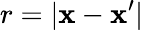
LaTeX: r=|\textbf{x}-\textbf{x}^{\prime}|